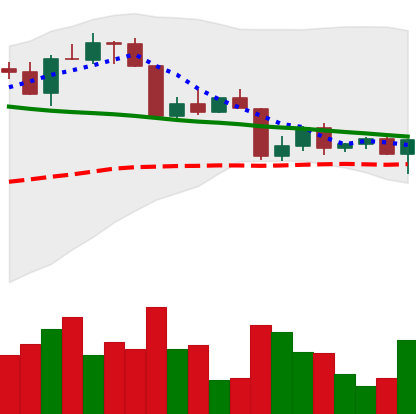
Ticker: ETH-USD
Chart end date: 2022-04-18
Forward return: -3.908%
Label: down_3_5